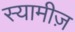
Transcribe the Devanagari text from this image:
स्यामीज़